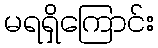
မရရှိကြောင်း